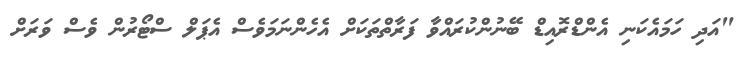
"އަދި ހަމައެކަނި އެންޑްރޮއިޑް ބޭނުންކުރައްވާ ފަރާތްތަކަށް އެހެންނަމަވެސް އެޕަލް ސްޓޯރުން ވެސް ވަރަށް